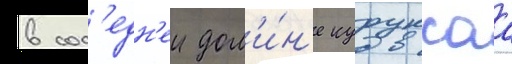
в сос'едн'еи дол'и́н'е куруксаа